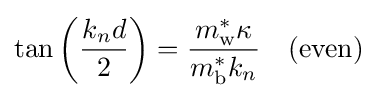
\tan \left({\frac {k_{n}d}{2}}\right)={\frac {m_{\text{w}}^{*}\kappa }{m_{\text{b}}^{*}k_{n}}}\quad {\text{(even)}}